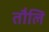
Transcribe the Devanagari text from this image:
तौलि